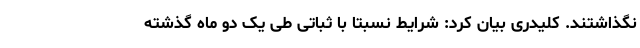
نگذاشتند. کلیدری بیان کرد: شرایط نسبتا با ثباتی طی یک دو ماه گذشته